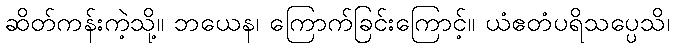
ဆိတ်ကန်းကဲ့သို့။ ဘယေန၊ ကြောက်ခြင်းကြောင့်။ ယံဧတံပရိသပ္ပေသိ၊